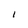
Character: 1